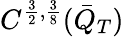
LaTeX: C^{\frac{3}{2},\frac{3}{8}}(\bar{Q}_{T})